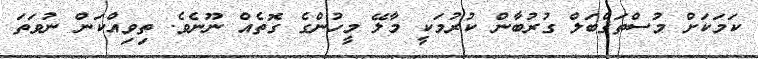
ކަމަކަށް މުސްތަޤްބަލް ގުރުބާން ކުރުމަކީ މާލޭ މީހުންގެ ގޮތެއް ނޫނެވެ. ތިވިއްކަން ނުވަތަ